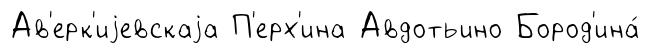
Ав'ерк'иjевскаjа П'ерх'ина Авдотьино Бород'ина́